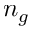
n _ { g }